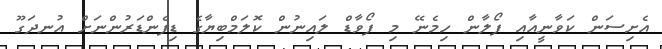
އެށިސަން ކަވާނީއާއި ފޯލާން ހިމެނޭ މި ފޯވާޑް ލައިނުން ކޮލަމްބިޔާގެ ޑިފެންޑަރުންނަށް އުނދަގޫ